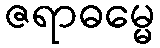
ဇရာဓမ္မေ